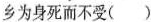
乡为身死而不受( )